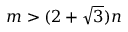
m > ( 2 + { \sqrt { 3 } } ) n